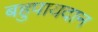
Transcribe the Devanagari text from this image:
बहुपायदान